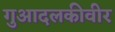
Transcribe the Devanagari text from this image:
गुआदलकीवीर